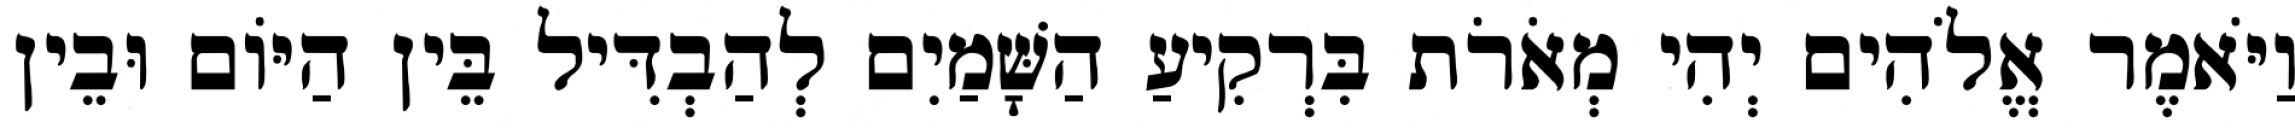
וַיֹּאמֶר אֱלֹהִים יְהִי מְאֹרֹת בִּרְקִיעַ הַשָּׁמַיִם לְהַבְדִּיל בֵּין הַיֹּום וּבֵין